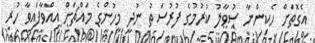
އެގޮތަށް ހެކިންނާ ސުވާލު ކުރުމުގެ ފުރުސަތު ނުދީ މީހުންގެ މައްޗަށް އިއްވާފައިވާ ހުރި